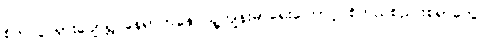
စိတ်လှုပ်ရှားပျော်ရွှင်နေရာကနေ သူ့ကျန်းမာရေးကြောင့် စိတ်ညစ်ညူးစရာတွေ